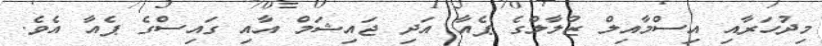
މިދުހަރާއި އިސްމާއިލް ޒުލާލްގެ ޕެއާ އަދި ޖައިޝަމް އާއި ގައިސްގެ ޕެއާ އެވެ.